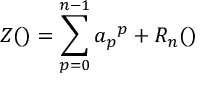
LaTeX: Z ( \l ) = \sum _ { p = 0 } ^ { n - 1 } a _ { p } \l ^ { p } + R _ { n } ( \l )